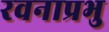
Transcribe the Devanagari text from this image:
रवनाप्रभु